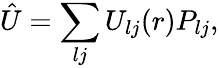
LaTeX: \hat{U}=\sum_{lj}U_{lj}(r)P_{lj},